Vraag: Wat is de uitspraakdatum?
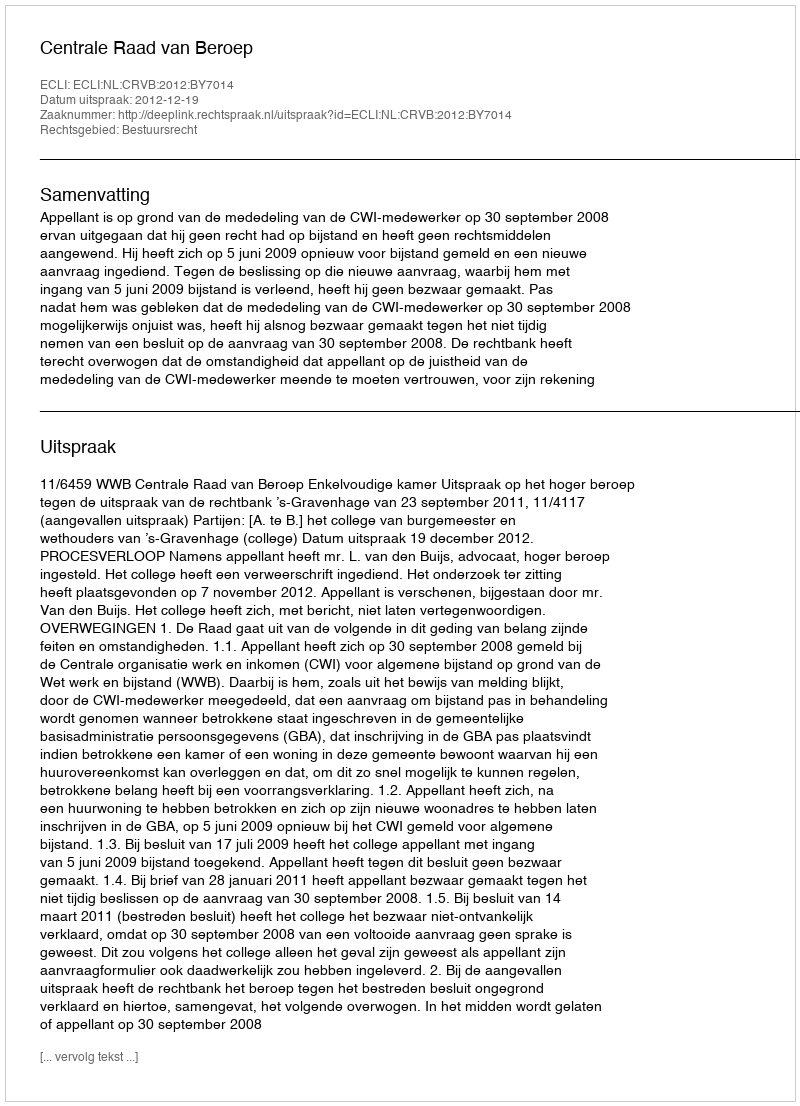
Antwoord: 2012-12-19